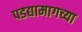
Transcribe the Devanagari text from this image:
पडद्यामागच्या